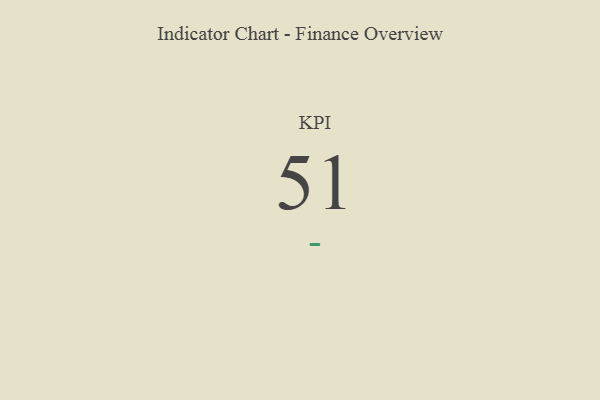
{"axis": {"x": "KPI", "y": "Value"}, "legend": [""], "data": [{"x": "KPI", "y": 51, "type": ""}]}